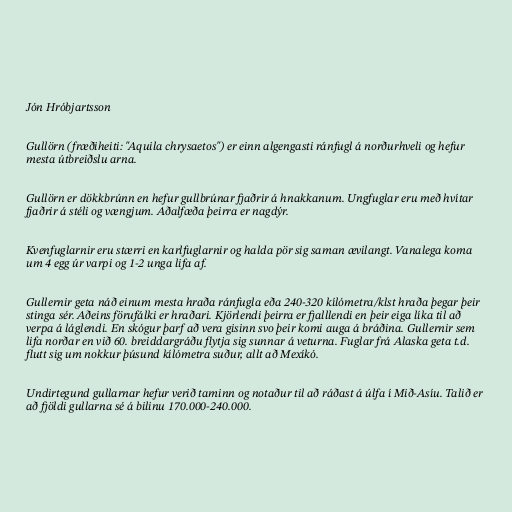
Jón Hróbjartsson

Gullörn (fræðiheiti: "Aquila chrysaetos") er einn algengasti ránfugl á norðurhveli og hefur
mesta útbreiðslu arna.

Gullörn er dökkbrúnn en hefur gullbrúnar fjaðrir á hnakkanum. Ungfuglar eru með hvítar
fjaðrir á stéli og vængjum. Aðalfæða þeirra er nagdýr.

Kvenfuglarnir eru stærri en karlfuglarnir og halda pör sig saman ævilangt. Vanalega koma
um 4 egg úr varpi og 1-2 unga lifa af.

Gullernir geta náð einum mesta hraða ránfugla eða 240-320 kílómetra/klst hraða þegar þeir
stinga sér. Aðeins förufálki er hraðari. Kjörlendi þeirra er fjalllendi en þeir eiga líka til að
verpa á láglendi. En skógur þarf að vera gisinn svo þeir komi auga á bráðina. Gullernir sem
lifa norðar en við 60. breiddargráðu flytja sig sunnar á veturna. Fuglar frá Alaska geta t.d.
flutt sig um nokkur þúsund kílómetra suður, allt að Mexíkó.

Undirtegund gullarnar hefur verið taminn og notaður til að ráðast á úlfa í Mið-Asíu. Talið er
að fjöldi gullarna sé á bilinu 170.000-240.000.